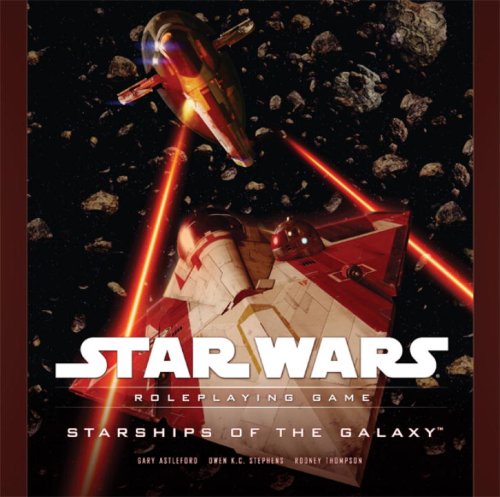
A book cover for Starships of the Galaxy (Star Wars Roleplaying Game); Owen K.C. Stephens; Science Fiction & Fantasy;